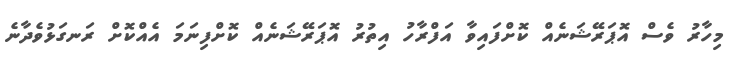
މިހާރު ވެސް އޮޕަރޭޝަނެއް ކޮށްފައިވާ އަފްރާހު އިތުރު އޮޕަރޭޝަނެއް ކޮށްފިނަމަ އެއްކޮށް ރަނގަޅުވެދާނެ